Jaan_Tonisson_(Lasteleht), lk 388
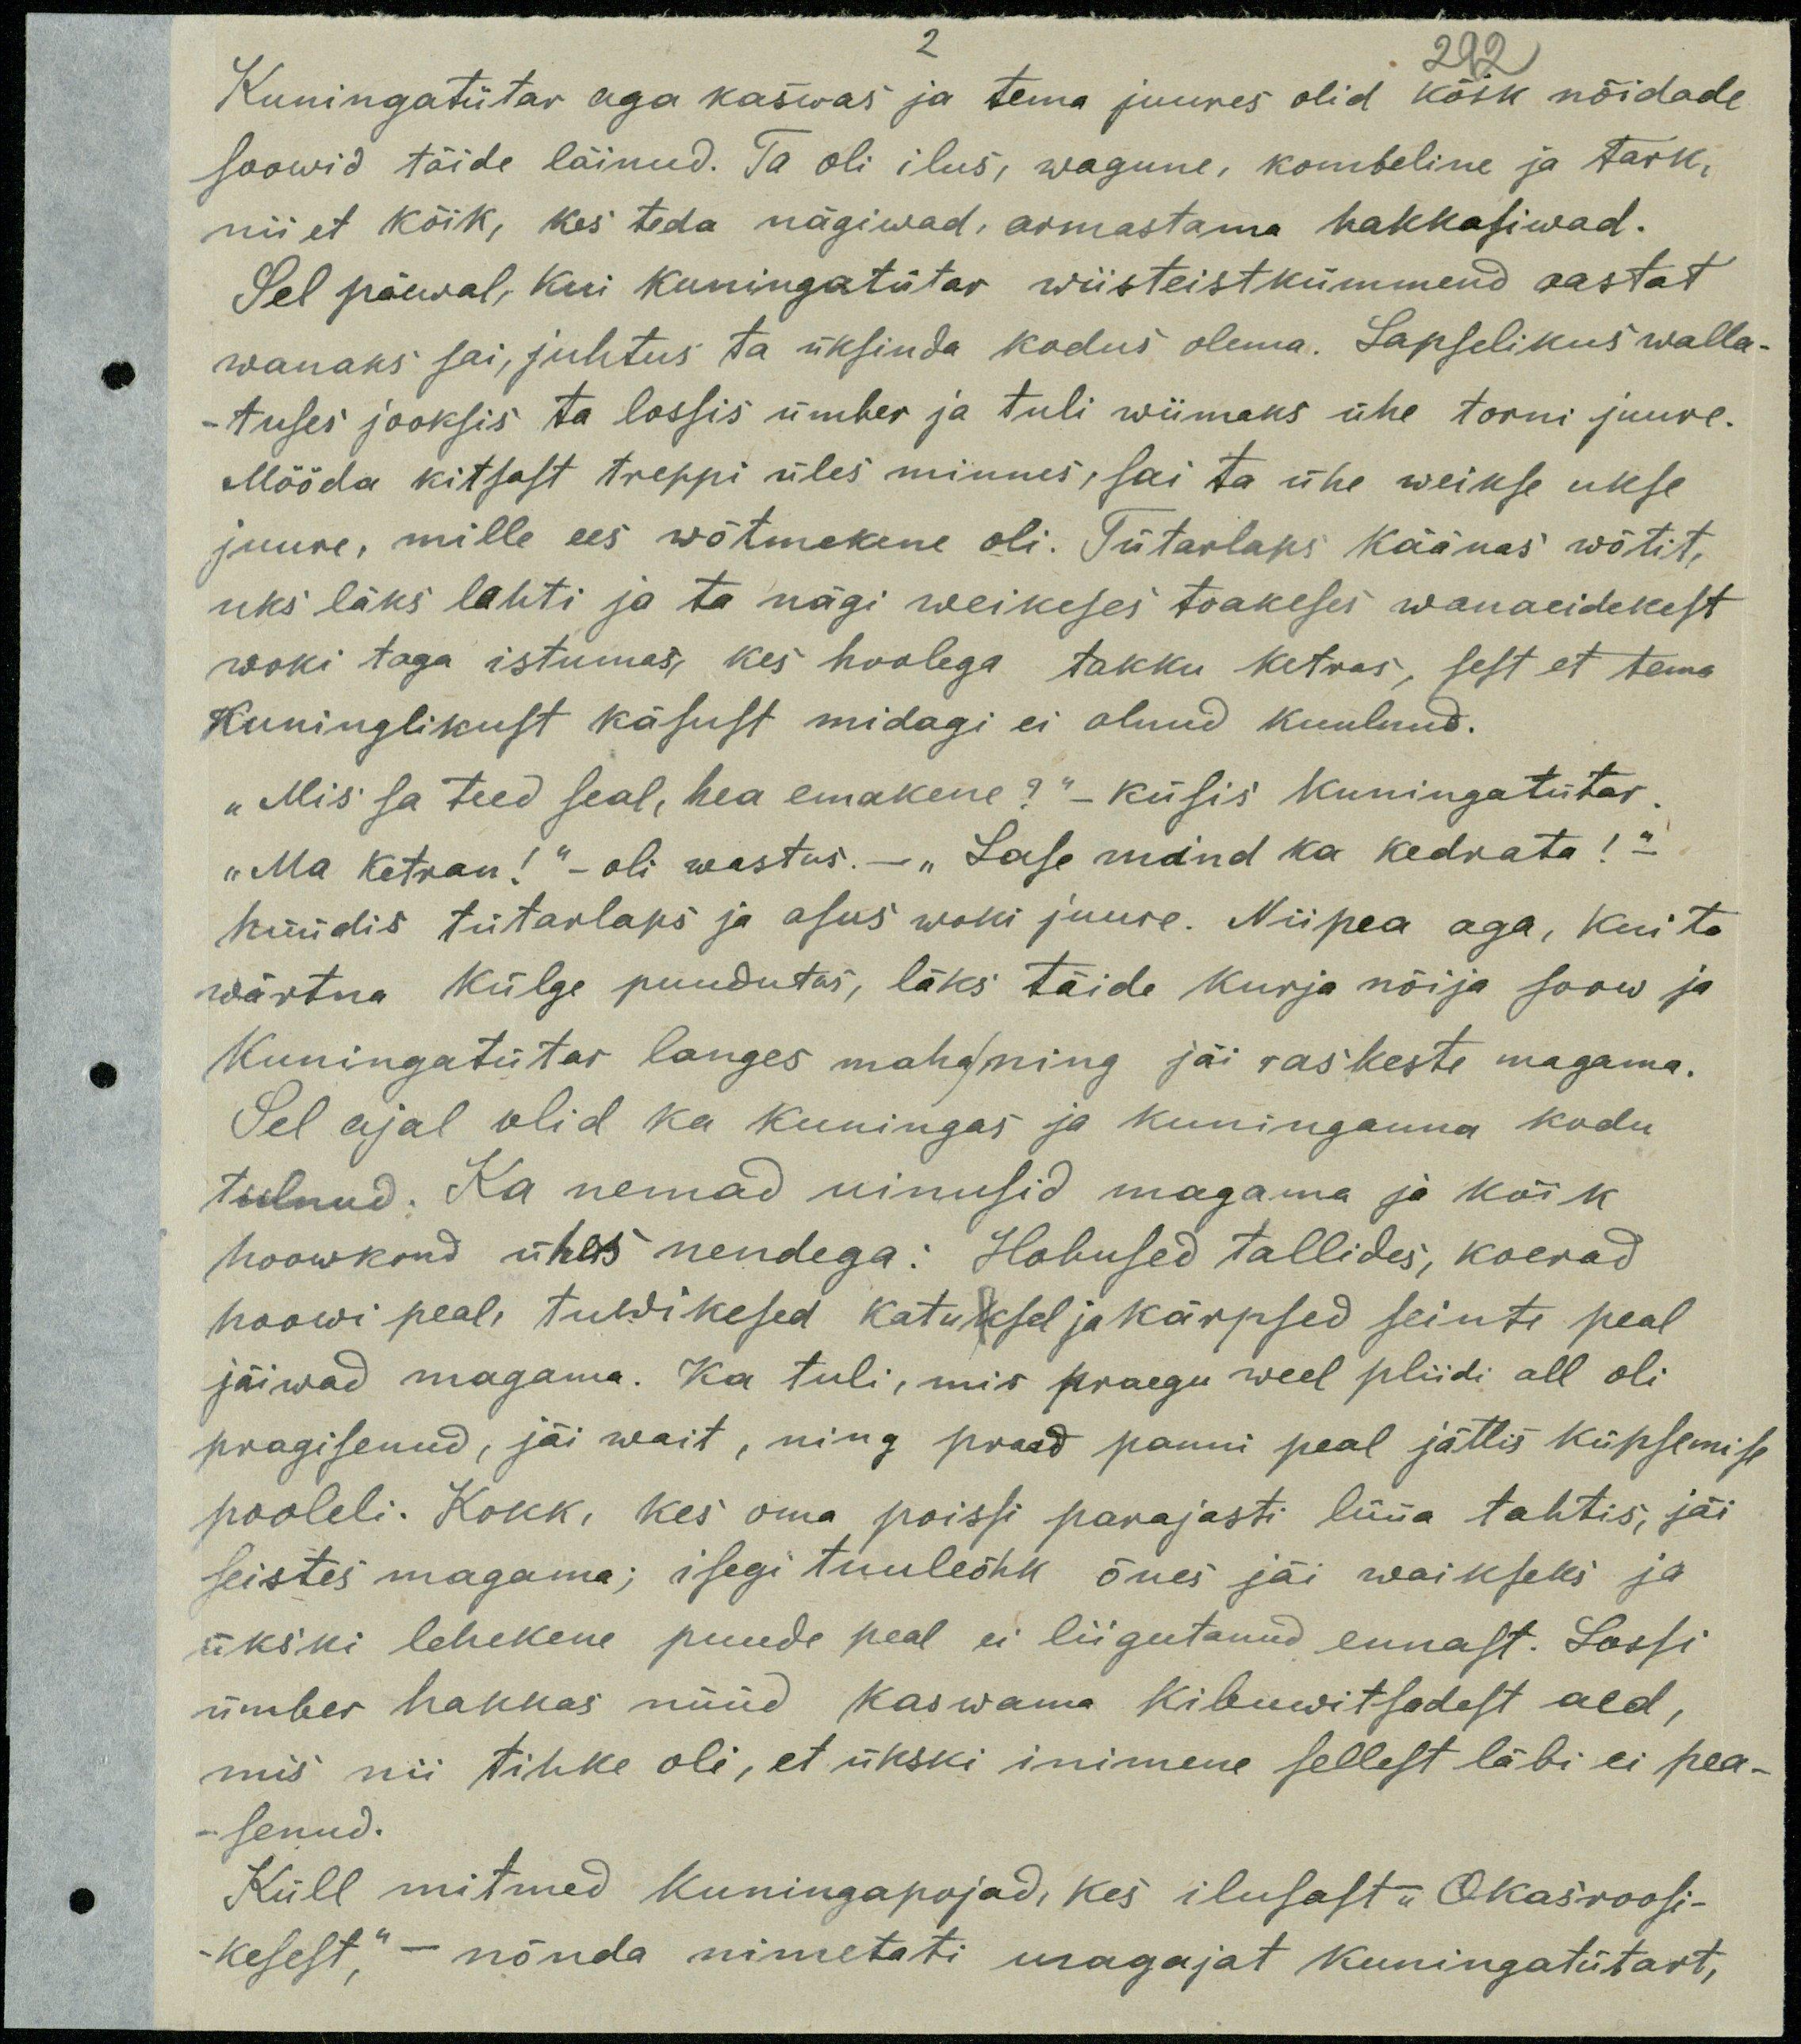
292
Kuningatütar aga kaswas ja tema juures olid kõik nõidade
soowid täide läinud. Ta oli ilus, wagune, kombeline ja tark,
nii et kõik, kes teda nägiwad, armastama hakkasiwad.
Sel päewal, kui kuningatütar wiisteistkümmend aastat
wanaks sai, juhtus ta üksinda kodus olema. Lapselikus walla-
- tuses jooksis ta lossis ümber ja tuli wiimaks ühe torni juure.
Mööda kitsast treppi üles minnes, sai ta ühe weikse ukse
juure, mille ees wõtmekene oli. Tütarlaps käänas wõtit,
uks läks lahti ja ta nägi weikeses toakeses wanaeidekest
woki taga istumas, kes hoolega takku ketras, sest et tema
Kuninglikust käsust midagi ei olnud kuulnud.
„Mis sa teed, hea emakene?“ küsis kuningatütar.
"Ma ketran!" - oli wastus - " Lase mind ka kedrata! -
hüüdis tütarlaps ja asus woki juure. Niipea aga, kui ta
wärtna külge puudutas, läks täide kurja nõija soow ja
Kuningatütar langes maha ning jäi raskeste magama.
Sel ajal olid ka kuningas ja kuninganna kodu
tulnud. Ka nemad uinusid magama ja kõik
hoowkond ühes nendega: Hobused tallides, koerad
hoowi peal, tuwikesed katusel ja kärpsed seinte peal
jäiwad magama. Ka tuli, mis praegu weel pliidi all oli
pragisenud, jäi wait, ning praed panni peal jättis küpsemise
pooleli. Kokk, kes oma poissi parajasti lüüa tahtis, jäi
seistes magama; isegi tuuleõhk õues jäi waikseks ja
ükski lehekene puude peal ei liigutanud ennast. Lossi
ümber hakkas nüüd kaswama kibuwitsadest aed,
mis nii tihke oli, et ükski inimene sellest läbi ei pea-
senud.
Küll mitmed kuningapojad, kes ilusast "Okasroosi-
kesest", - nõnda nimetati magajat kuningatütart,